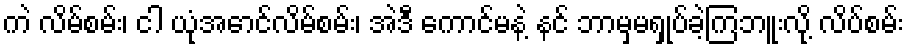
ကဲ လိမ်စမ်း၊ ငါ ယုံအောင်လိမ်စမ်း၊ အဲဒီ ကောင်မနဲ့ နင် ဘာမှမရှုပ်ခဲ့ကြဘူးလို့ လိပ်စမ်း